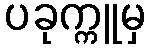
ပခုက္ကူမှ